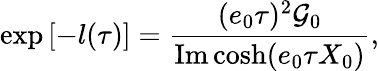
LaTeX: \exp\left[-l(\tau)\right]=\frac{(e_{0}\tau)^{2}\mathcal{G}_{0}}{\mathrm{Im}\cosh(e_{0}\tau X_{0})},